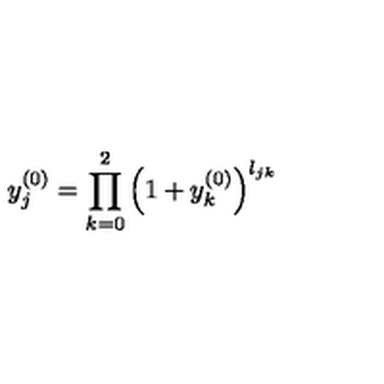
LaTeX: y _ { j } ^ { ( 0 ) } = \prod _ { k = 0 } ^ { 2 } \left( 1 + y _ { k } ^ { ( 0 ) } \right) ^ { l _ { j k } }